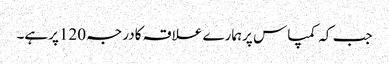
جب کہ کمپاس پرہمارے علاقہ کادرجہ 120پرہے۔